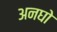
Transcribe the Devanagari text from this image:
अनघो